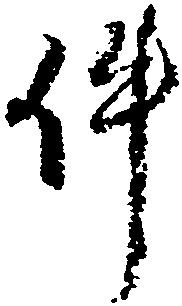
件